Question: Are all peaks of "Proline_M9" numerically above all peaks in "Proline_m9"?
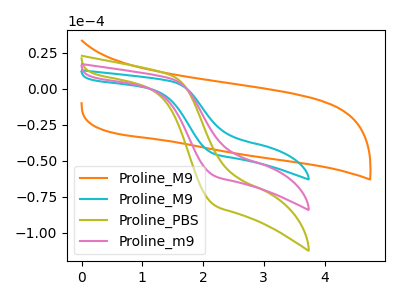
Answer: <think>The orange curve "Proline_M9" has no peaks. The cyan curve "Proline_M9" has no peaks. The olive curve "Proline_PBS" has no peaks. The pink curve "Proline_m9" has no peaks.</think>
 <answer>Niether CV has any peaks.</answer>
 <eval>blanks</eval>